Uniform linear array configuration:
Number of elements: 64
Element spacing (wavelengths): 0.25
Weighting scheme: hamming
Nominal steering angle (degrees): -45
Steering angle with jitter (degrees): -46.019
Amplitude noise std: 0.05
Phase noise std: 0.05

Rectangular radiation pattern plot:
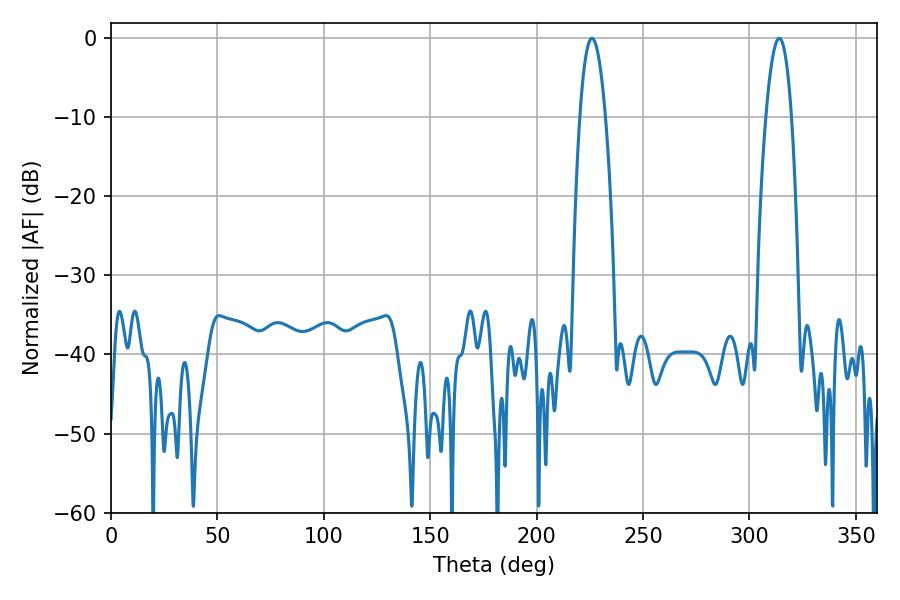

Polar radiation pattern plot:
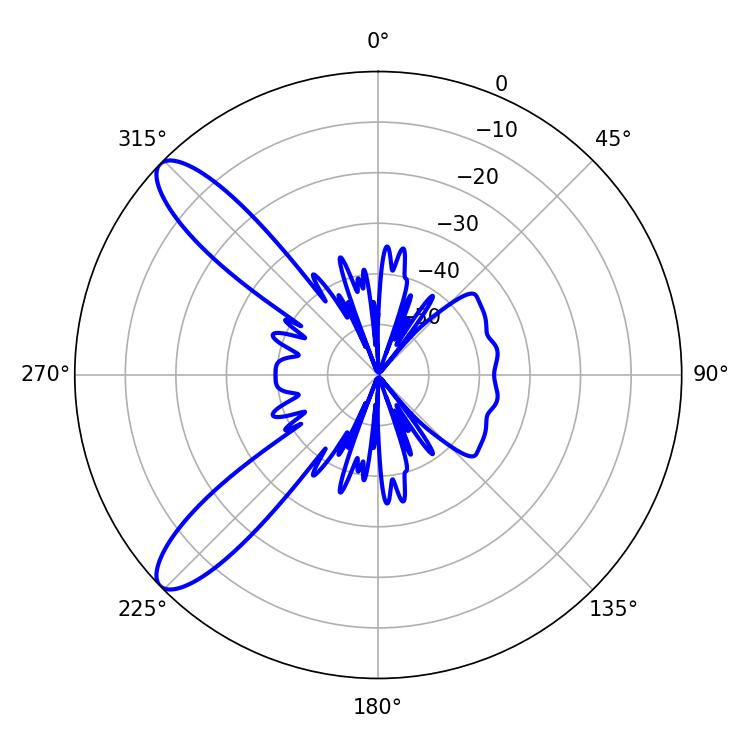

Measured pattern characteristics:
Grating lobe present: FALSE
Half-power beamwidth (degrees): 6.48
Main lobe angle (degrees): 225.9